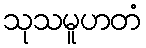
သုသမူဟတံ